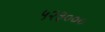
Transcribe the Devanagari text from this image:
५२३०००